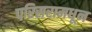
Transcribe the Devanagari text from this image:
परिसरामधून